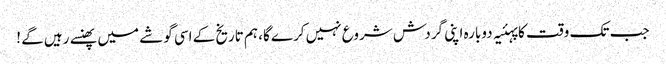
جب تک وقت کا پہئیہ دوبارہ اپنی گردش شروع نہیں کرے گا، ہم تاریخ کے اسی گوشے میں پھنسے رہیں گے !